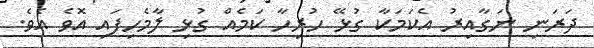
ދަރަނި ނަގާއިރު އެކަމަކާ ގުޅޭ ހުރިހާ ކަމެއް ގުޅި ލާމެހިފައި އޮވެ އެވެ.